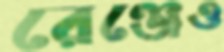
রেঞ্জেও